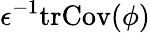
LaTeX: \epsilon^{-1}\mathrm{tr}\mathrm{Cov}(\phi)